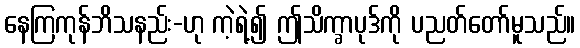
နေကြကုန်ဘိသနည်း-ဟု ကဲ့ရဲ့၍ ဤသိက္ခာပုဒ်ကို ပညတ်တော်မူသည်။